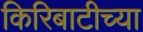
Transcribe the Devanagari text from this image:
किरिबाटीच्या